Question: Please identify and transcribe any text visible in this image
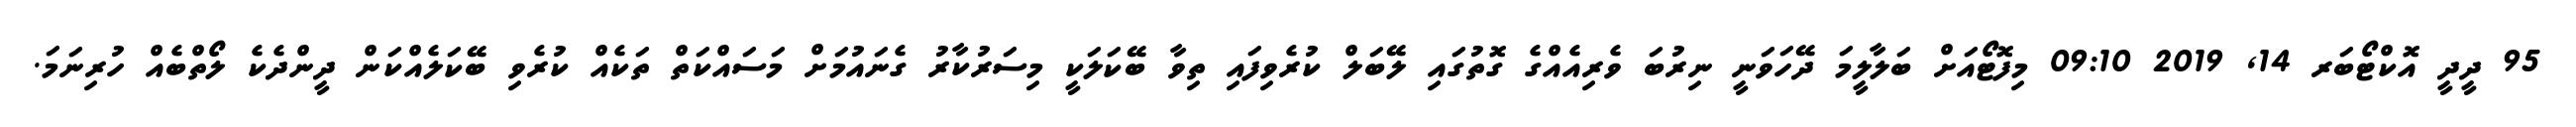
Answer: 95 ދީދީ އޮކްޓޯބަރ 14, 2019 09:10 މިފޮޓޯއަށް ބަލާލީމަ ދޭހަވަނީ ނިރުބަ ވެރިއެއްގެ ގޮތުގައި ލޭބަލް ކުރެވިފައި ތިވާ ބޭކަލަކީ މިސަރުކާރު ގެނައުމަށް މަސައްކަތް ތަކެއް ކުރެވި ބޭކަލެއްކަން ދީންދެކެ ލޯތްބެއް ހުރިނަމަ.